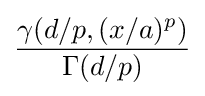
{\frac {\gamma (d/p,(x/a)^{p})}{\Gamma (d/p)}}